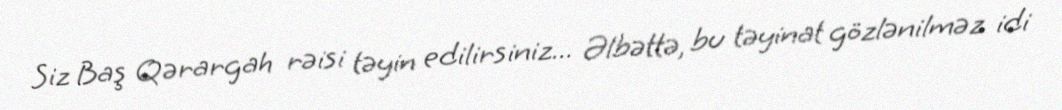
Siz Baş Qərargah rəisi təyin edilirsiniz... Əlbəttə, bu təyinat gözlənilməz idi